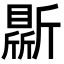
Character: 𣃊